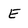
Character: E